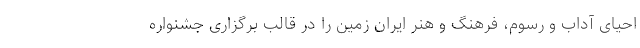
احیای آداب و رسوم، فرهنگ و هنر ایران زمین را در قالب برگزاری جشنواره